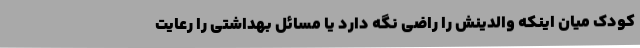
کودک میان اینکه والدینش را راضی نگه دارد یا مسائل بهداشتی را رعایت